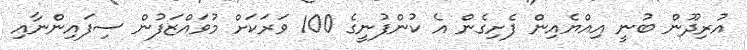
އުރިދޫން ބުނީ އިއްޔެއިން ފެށިގެން އެ ކުންފުނީގެ 100 ވަރަކަށް މުވައްޒަފުން ސިފައިންނާއި